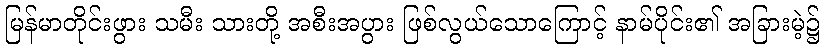
မြန်မာတိုင်းဖွား သမီး သားတို့ အစီးအပွား ဖြစ်လွယ်သောကြောင့် နာမ်ပိုင်း၏ အခြားမဲ့၌